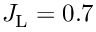
J _ { \mathrm { L } } = 0 . 7